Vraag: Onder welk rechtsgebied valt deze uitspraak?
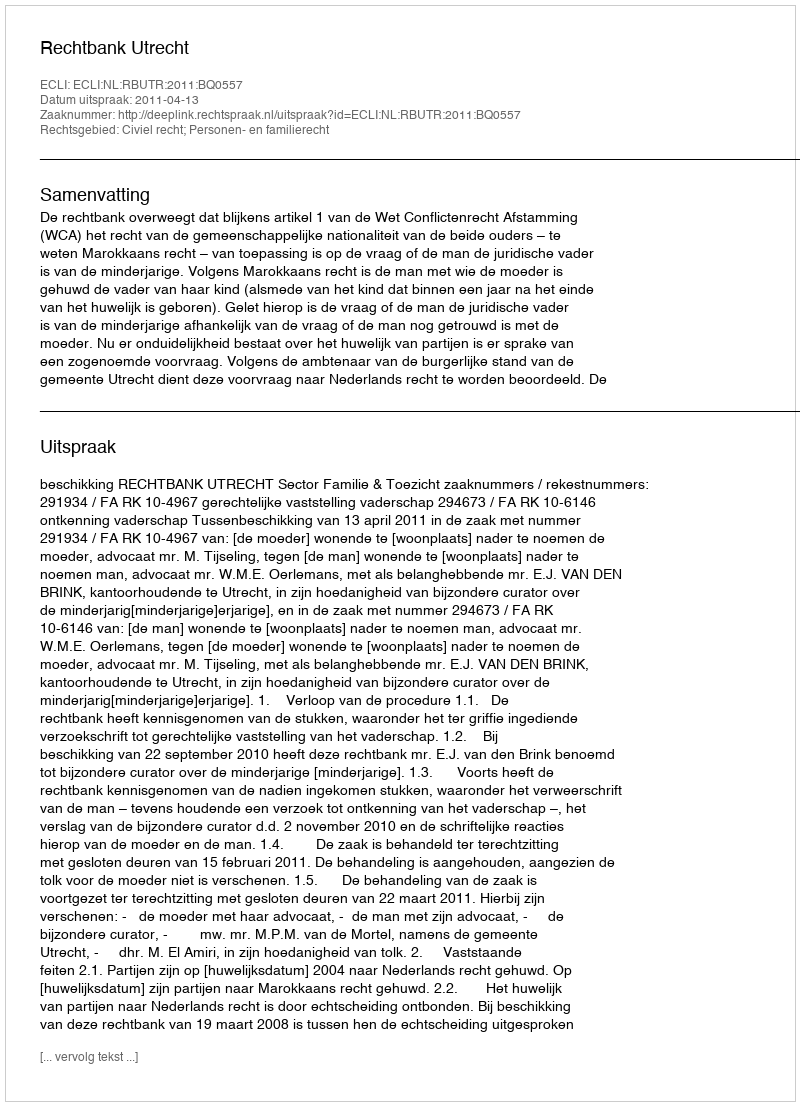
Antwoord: Civiel recht; Personen- en familierecht